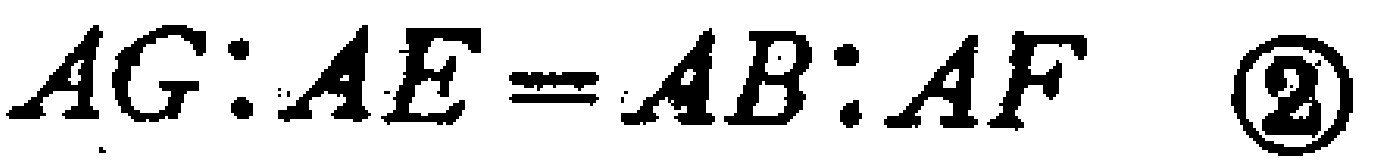
$AG:AE = AB:AF \quad\textcircled{2}$